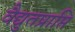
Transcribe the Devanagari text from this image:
वैद्युतप्राप्ति